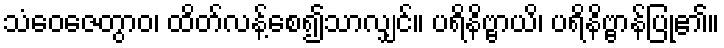
သံဝေဇေတွာဝ၊ ထိတ်လန့်စေ၍သာလျှင်။ ပရိနိဗ္ဗာယိ၊ ပရိနိဗ္ဗာန်ပြု၏။